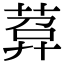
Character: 𦴰